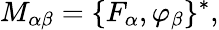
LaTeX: M_{\alpha\beta}=\{ F_{\alpha},\varphi_{\beta}\} ^{*},